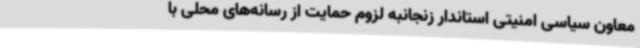
معاون سیاسی امنیتی استاندار زنجانبه لزوم حمایت از رسانه‌های محلی با